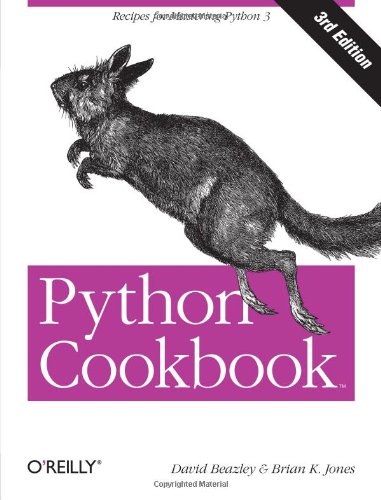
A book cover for Python Cookbook, Third edition; David Beazley; Computers & Technology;